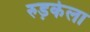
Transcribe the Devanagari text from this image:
रुड़केला